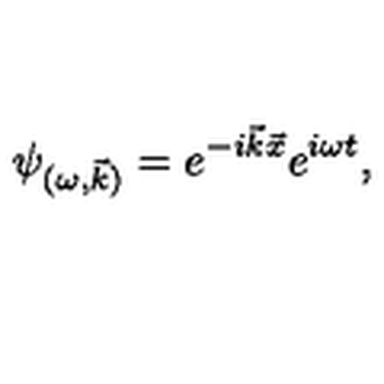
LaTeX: \psi _ { ( \omega , \vec { k } ) } = e ^ { - i \vec { k } \vec { x } } e ^ { i \omega t } ,